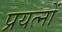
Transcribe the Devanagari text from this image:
प्रयत्‍नों